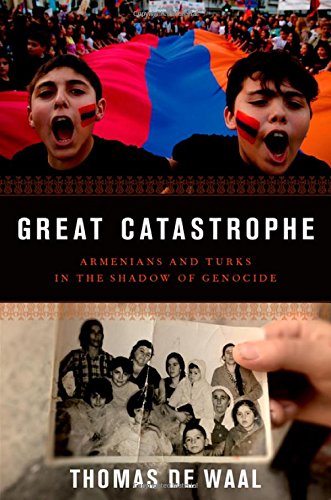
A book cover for Great Catastrophe: Armenians and Turks in the Shadow of Genocide; Thomas de Waal; History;